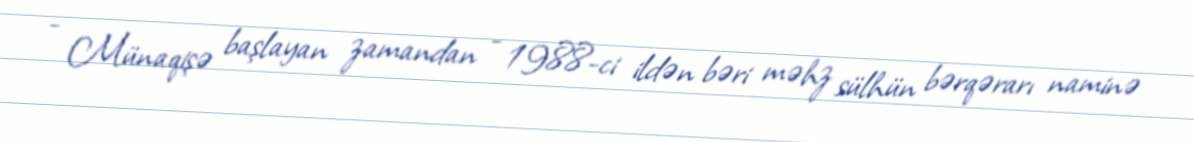
- Münaqişə başlayan zamandan - 1988-ci ildən bəri məhz sülhün bərqərarı naminə